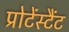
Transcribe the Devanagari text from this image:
प्रोटेंस्टैंट